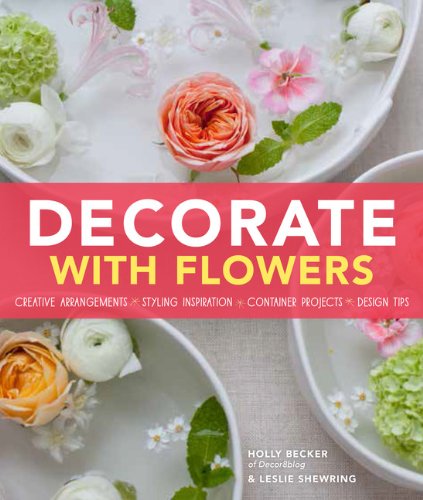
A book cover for Decorate With Flowers: Creative Arrangements * Styling Inspiration * Container Projects * Design Tips; Holly Becker; Crafts, Hobbies & Home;